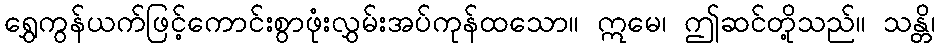
ရွှေကွန်ယက်ဖြင့်ကောင်းစွာဖုံးလွှမ်းအပ်ကုန်ထသော။ ဣမေ၊ ဤဆင်တို့သည်။ သန္တိ၊